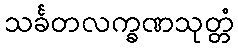
သင်္ခတလက္ခဏသုတ္တံ